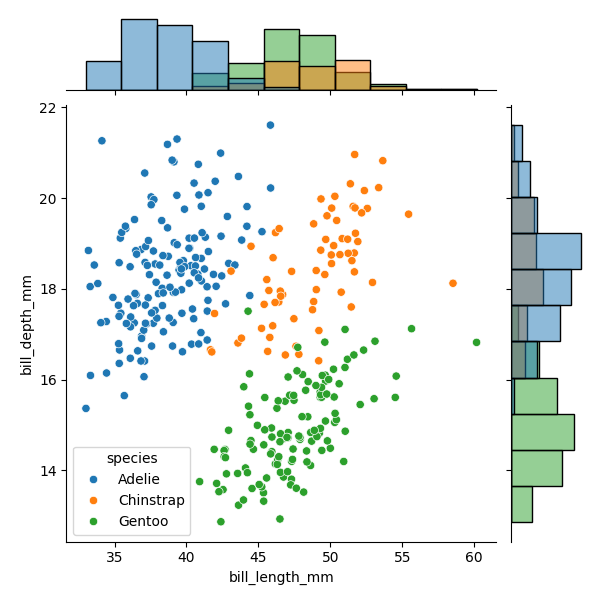
python, seaborn, JointGrid, scatterplot, histplot, hue